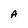
Character: A